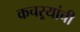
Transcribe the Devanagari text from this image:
कचऱ्यांची